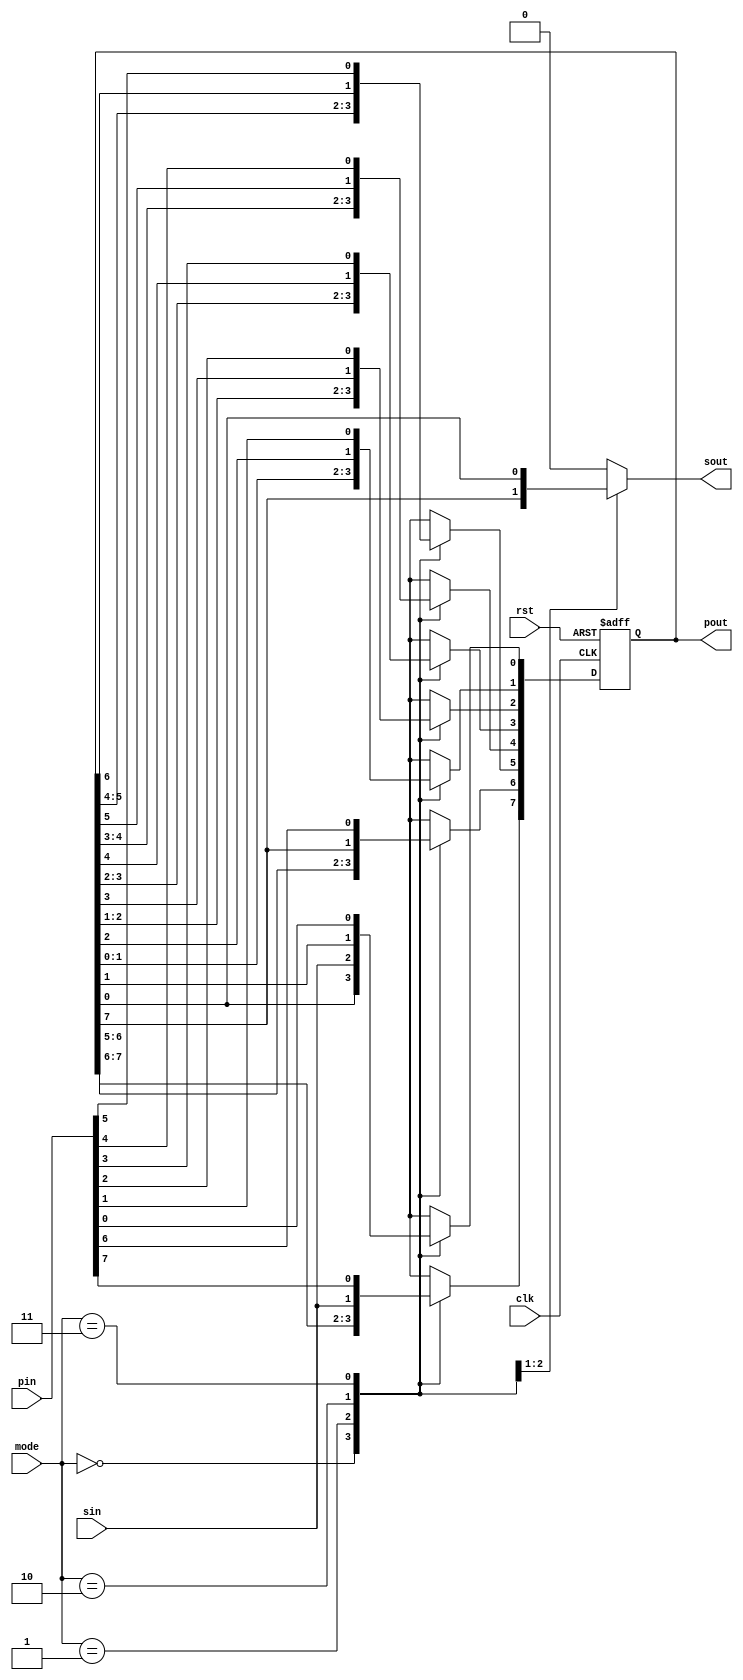
module s74194 (
  rst,
  clk,
  mode,
  sin,
  pin,
  sout,
  pout
);

  input          rst;
  input          clk;
  input          sin;
  input    [1:0] mode;
  input    [7:0] pin;
  output         sout;
  output   [7:0] pout;

  reg            sout;

  reg      [7:0] pout;
  
  always @( posedge rst or posedge clk )  begin
    if ( rst )  begin
      pout <= 8'b00000000;
    end
    else begin
      case ( mode )
        2'b00 : begin                 // data hold
           pout <= pout;
        end
        2'b01 : begin                 // left shift
           pout[0] <= sin;
           pout[1] <= pout[0];
           pout[2] <= pout[1];
           pout[3] <= pout[2];
           pout[4] <= pout[3];
           pout[5] <= pout[4];
           pout[6] <= pout[5];
           pout[7] <= pout[6];
        end 
        2'b10 : begin                 // right shift
           pout[7] <= sin;
           pout[0] <= pout[1];
           pout[1] <= pout[2];
           pout[2] <= pout[3];
           pout[3] <= pout[4];
           pout[4] <= pout[5];
           pout[5] <= pout[6];
           pout[6] <= pout[7];
        end
        2'b11 : begin                 // paralell load
           pout <= pin;
        end
      endcase    
    end    
  end

  always @( pout or mode )  begin
    case ( mode )
      2'b01 : begin                 // left shift
        sout = pout[7];
      end 
      2'b10 : begin                 // right shift
        sout = pout[0];
      end
      default : begin               // other case
        sout = 1'b0;
      end
    endcase    
  end

endmodule